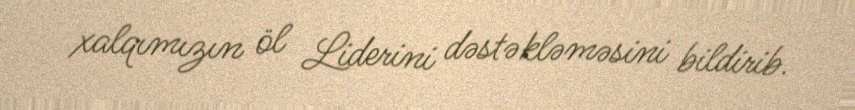
xalqımızın öl Liderini dəstəkləməsini bildirib.